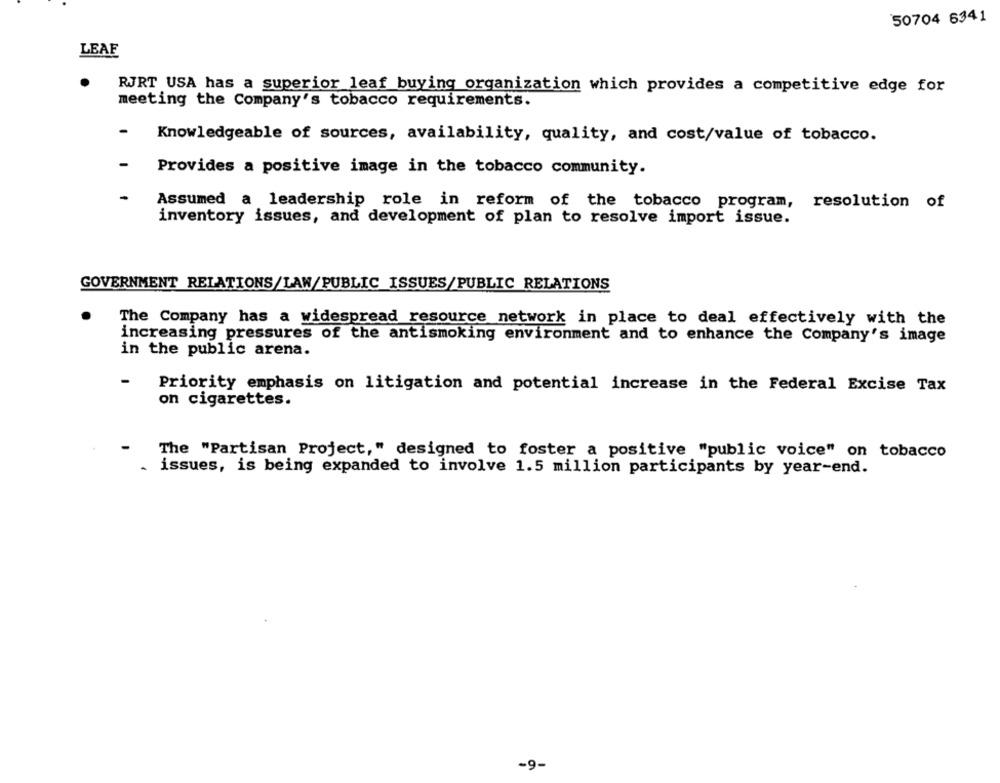
50704 6341
LEAF
RJRT USA has a superior leaf buying organization which provides a competitive edge for
meeting the Company's tobacco requirements.
Knowledgeable of sources, availability, quality, and cost/value of tobacco.
Provides a positive image in the tobacco community.
Assumed a leadership role in reform of the tobacco program, resolution of
inventory issues, and development of plan to resolve import issue.
GOVERNMENT RELATIONS/LAW/PUBLIC ISSUES/PUBLIC RELATIONS
The Company has a widespread resource network in place to deal effectively with the
increasing pressures of the antismoking environment and to enhance the Company's image
in the public arena.
Priority emphasis on litigation and potential increase in the Federal Excise Tax
on cigarettes.
The "Partisan Project," designed to foster a positive "public voice" on tobacco
-
issues, is being expanded to involve 1.5 million participants by year-end.
-9-